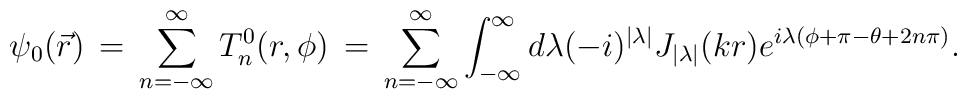
\psi_0(\vec r)\,=\,\sum_{n=-\infty}^{\infty} T_{n}^{0}(r, \phi)\,=\,\sum_{n=-\infty}^{\infty} \int_{-\infty}^{\infty} d\lambda (-i)^{|\lambda|}J_{|\lambda|}(kr) e^{i\lambda (\phi + \pi - \theta + 2n\pi)}.